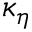
\kappa _ { \eta }